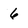
Character: 6